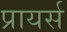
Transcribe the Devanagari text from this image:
प्रायर्स